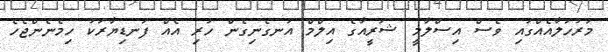
މަރުހަލާއެއްގައި ވެސް އިސްލާމީ ޝަރީއާގެ އިލްމް އުނގެނިގެން ހުރި އެއް ފަނޑިޔާރަކު ހިމެނެންޖެހެ